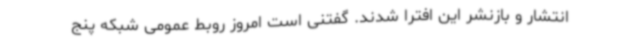
انتشار و بازنشر این افترا شدند. گفتنی است امروز روبط عمومی شبکه پنج